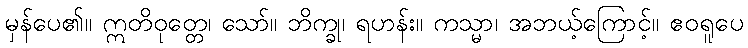
မှန်ပေ၏။ ဣတိဝုတ္တေ၊ သော်။ ဘိက္ခု၊ ရဟန်း။ ကသ္မာ၊ အဘယ့်ကြောင့်။ ဧဝရူပေ